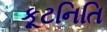
કૂટનિતિ